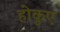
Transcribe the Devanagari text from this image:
होकुए